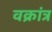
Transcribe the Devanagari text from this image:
वक्रांत्र